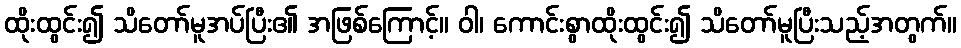
ထိုးထွင်း၍ သိတော်မူအပ်ပြီး၏ အဖြစ်ကြောင့်။ ဝါ၊ ကောင်းစွာထိုးထွင်း၍ သိတော်မူပြီးသည့်အတွက်။